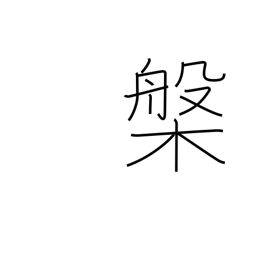
Meaning: tub